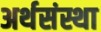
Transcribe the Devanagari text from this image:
अर्थसंस्था